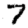
Digit: 7